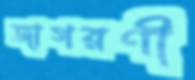
জাগরণী